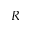
R